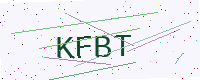
Text: KFBT